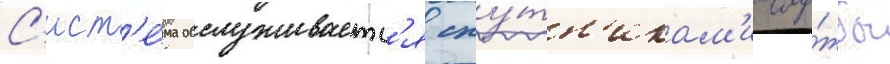
С'ист'е́ма обслуживаетс'я спу́тн'икам'и слу́жбы